system: You are a helpful assistant.
user:
Analyze the provided spectrum to determine if it is a **M-type Giant (gM)**.

A M-type Giant spectrum is defined by its **strong molecular absorption** features, particularly from **Titanium Oxide (TiO)**. You must check for one of the following mutually exclusive signatures:

- **Key Visual Indicators (Absorption-Dominated Spectrum):**

    - **(Primary):** The spectrum is dominated by strong molecular absorption from **Titanium Oxide (TiO)**. This is the **defining feature** of its M-type temperature class.
        - **(Key Bandheads):** Look for sharp, "saw-tooth" absorption valleys. The strongest are located near **~7050 Å**, **~6160 Å**, and **~5170 Å**.
        - **(Line Profile):** The "saw-tooth" morphology is critical: a **sharp, steep drop on the BLUE (short-wavelength) side** of the bandhead, followed by a gradual recovery (rising flux) towards the RED (long-wavelength) side.

    - **(Key Confirmation - Giant vs. Dwarf):** **ABSENCE** of strong **Calcium Hydride (CaH)** molecular bands. This is the primary diagnostic for *excluding* M-dwarfs.
        - **(Key Region):** The spectrum should lack the strong, broad absorption band seen in dwarfs between **~6800 Å and ~7000 Å**.

    - **(Secondary Confirmation - Giant):** A very strong and broad **Neutral Calcium (Ca I)** atomic absorption line.
        - **(Key Line):** Located at **~4226 Å**. In a giant (gM), this line is significantly deeper and broader than the same line in an M-dwarf (dM) due to low surface gravity.

    - **(Overall Spectrum):**
        - The continuum is **extremely red-sloping** (i.e., flux is very low in the blue and rises dramatically towards the red).
        - The entire spectrum appears "chopped up" by the deep TiO bands.

Think first, call **spectral_visualization_tool** if needed to examine features in detail, then provide your final answer. Your response must adhere to the following strict rules:
1.  **Overall Structure:** Your response must follow the format `<think>...</think> <tool_call>...</tool_call> (if a tool is used) <answer>...</answer>`.
2.  **Tool Usage Constraint:** You may only make **one** tool call per turn.
3.  **Final Answer Format:** In the `<answer>` tag, your conclusion must be inside a `\boxed{}` command (e.g., `\boxed{YES}` or `\boxed{NO}`), followed by your justification.

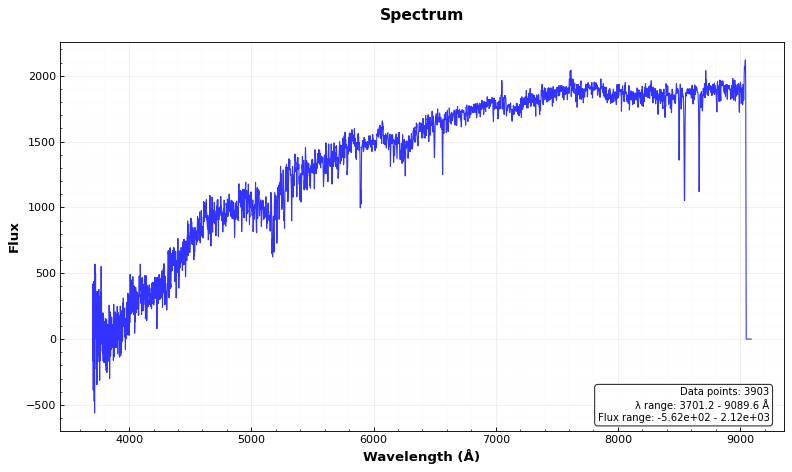
Answer: NO